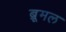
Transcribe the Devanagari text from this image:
ब्रूमल